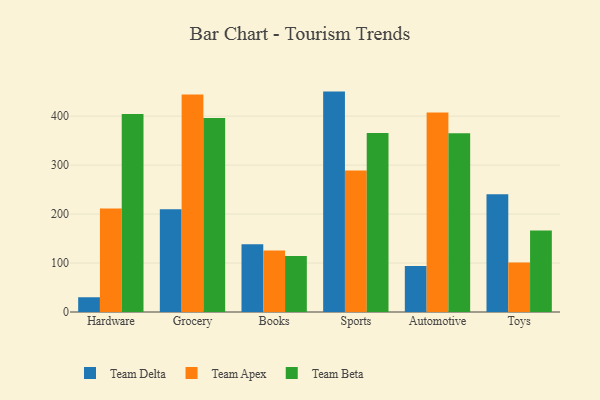
{"axis": {"x": "Category", "y": "Page Views"}, "legend": ["Team Apex", "Team Beta", "Team Delta"], "data": [{"x": "Hardware", "y": 30.1, "type": "Team Delta"}, {"x": "Hardware", "y": 211.4, "type": "Team Apex"}, {"x": "Hardware", "y": 404.4, "type": "Team Beta"}, {"x": "Grocery", "y": 209.9, "type": "Team Delta"}, {"x": "Grocery", "y": 444.2, "type": "Team Apex"}, {"x": "Grocery", "y": 396.1, "type": "Team Beta"}, {"x": "Books", "y": 138.5, "type": "Team Delta"}, {"x": "Books", "y": 125.6, "type": "Team Apex"}, {"x": "Books", "y": 114.3, "type": "Team Beta"}, {"x": "Sports", "y": 450.1, "type": "Team Delta"}, {"x": "Sports", "y": 289.2, "type": "Team Apex"}, {"x": "Sports", "y": 365.4, "type": "Team Beta"}, {"x": "Automotive", "y": 93.7, "type": "Team Delta"}, {"x": "Automotive", "y": 407.4, "type": "Team Apex"}, {"x": "Automotive", "y": 364.8, "type": "Team Beta"}, {"x": "Toys", "y": 240.4, "type": "Team Delta"}, {"x": "Toys", "y": 101.0, "type": "Team Apex"}, {"x": "Toys", "y": 166.4, "type": "Team Beta"}]}